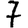
Digit: 7